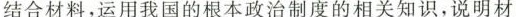
结合材料，运用我国的根本政治制度的相关知识，说明材